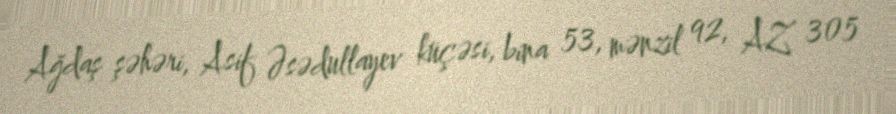
Ağdaş şəhəri, Asif Əsədullayev küçəsi, bina 53, mənzil 92, AZ 305